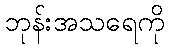
ဘုန်းအသရေကို